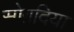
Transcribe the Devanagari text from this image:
सोग़दिया